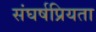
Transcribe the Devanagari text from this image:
संघर्षप्रियता